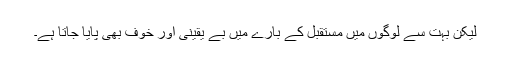
لیکن بہت سے لوگوں میں مستقبل کے بارے میں بے یقینی اور خوف بھی پایا جاتا ہے۔